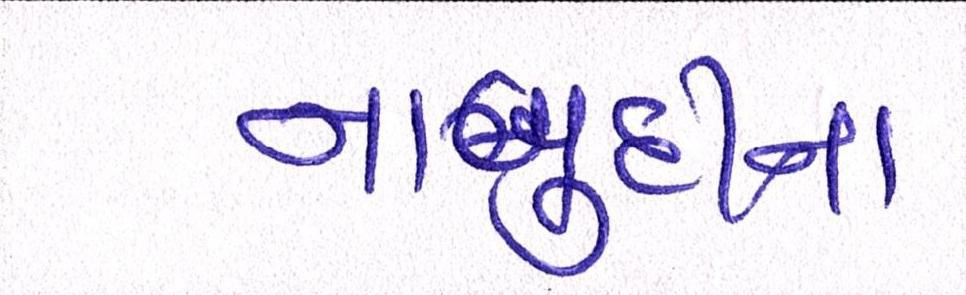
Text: નાબૂદીના